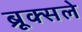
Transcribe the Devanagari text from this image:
ब्रूक्सले